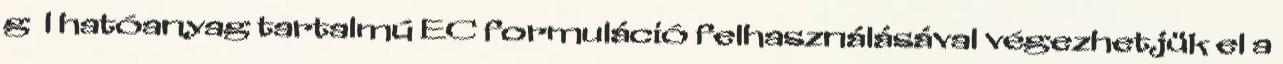
g l hatóanyag tartalmú EC formuláció felhasználásával végezhetjük el a